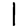
Digit: 1